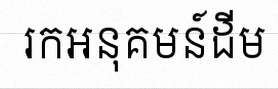
រកអនុគមន៍ដើម